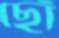
ছোঁ